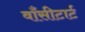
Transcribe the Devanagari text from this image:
वाँसीटार्ट